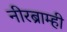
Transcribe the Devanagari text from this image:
नीरब्राम्‍ही